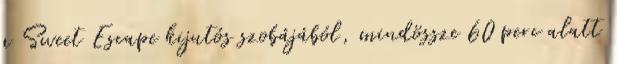
a Sweet Escape kijutós szobájából, mindössze 60 perc alatt